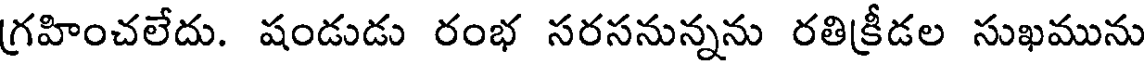
గ్రహించలేదు. షండుడు రంభ సరసనున్నను రతిక్రీడల సుఖమును